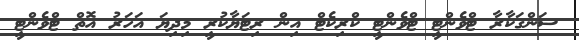
ސަންގަކާރާ ޓްވެންޓީ ޓްވެންޓީ ކްރިކެޓް އިން ރިޓަޔާކުރީ މިދިޔަ އަހަރު އޮތް ޓްވެންޓީ